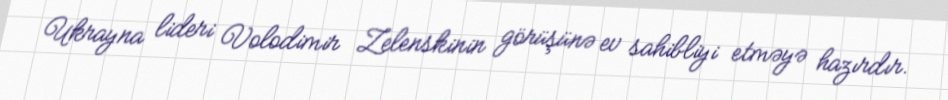
Ukrayna lideri Volodimir Zelenskinin görüşünə ev sahibliyi etməyə hazırdır.